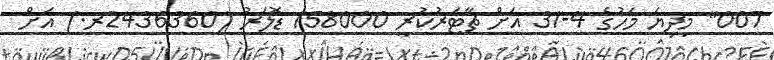
007" މިދިޔަ މަހުގެ 4-31 އަށް ޗާޓަރުކުރީ 158000 ޑޮލަރު (2436360ރ.) އަށް